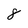
Character: 8